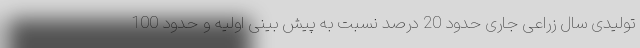
تولیدی سال زراعی جاری حدود 20 درصد نسبت به پیش بینی اولیه و حدود 100